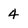
Character: 4